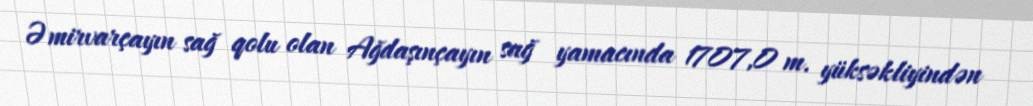
Əmirvarçayın sağ qolu olan Ağdaşınçayın sağ yamacında 1707,0 m. yüksəkliyindən